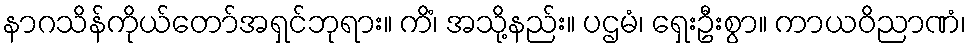
နာဂသိန်ကိုယ်တော်အရှင်ဘုရား။ ကိံ၊ အသို့နည်း။ ပဌမံ၊ ရှေးဦးစွာ။ ကာယဝိညာဏံ၊